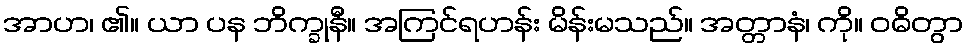
အာဟ၊ ၏။ ယာ ပန ဘိက္ခုနီ။ အကြင်ရဟန်း မိန်းမသည်။ အတ္တာနံ၊ ကို။ ဝဓိတွာ